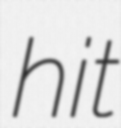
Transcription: hit